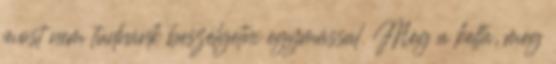
most nem tudnánk beszélgetni egymással. Meg a kelta, meg